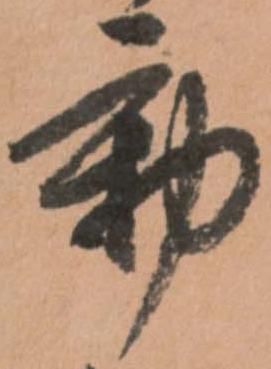
動